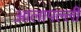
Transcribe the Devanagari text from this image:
आलापल्ली